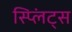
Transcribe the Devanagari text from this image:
स्प्लिंट्स